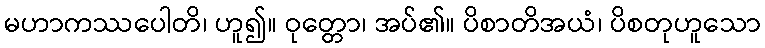
မဟာကဿပေါတိ၊ ဟူ၍။ ဝုတ္တော၊ အပ်၏။ ပိစာတိအယံ၊ ပိစတုဟူသော